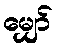
မျှော်